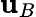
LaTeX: \mathbf{u}_{B}